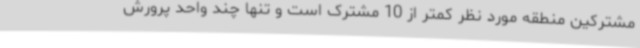
مشترکین منطقه مورد نظر کمتر از 10 مشترک است و تنها چند واحد پرورش